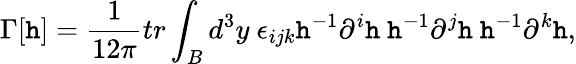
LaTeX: \Gamma[\mathtt{h}]=\frac{{1}}{{12\pi}}tr\int_{B}d^{3}y~\epsilon_{ijk}\mathtt{h}^{-1}\partial^{i}\mathtt{h}~\mathtt{h}^{-1}\partial^{j}\mathtt{h}~\mathtt{h}^{-1}\partial^{k}\mathtt{h},